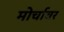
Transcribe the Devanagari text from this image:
मोर्चावर